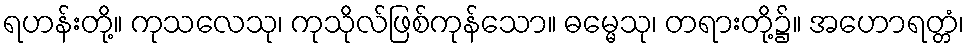
ရဟန်းတို့။ ကုသလေသု၊ ကုသိုလ်ဖြစ်ကုန်သော။ ဓမ္မေသု၊ တရားတို့၌။ အဟောရတ္တံ၊